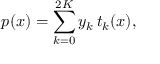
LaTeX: p ( x ) = \sum _ { k = 0 } ^ { 2 K } y _ { k } \, t _ { k } ( x ) ,